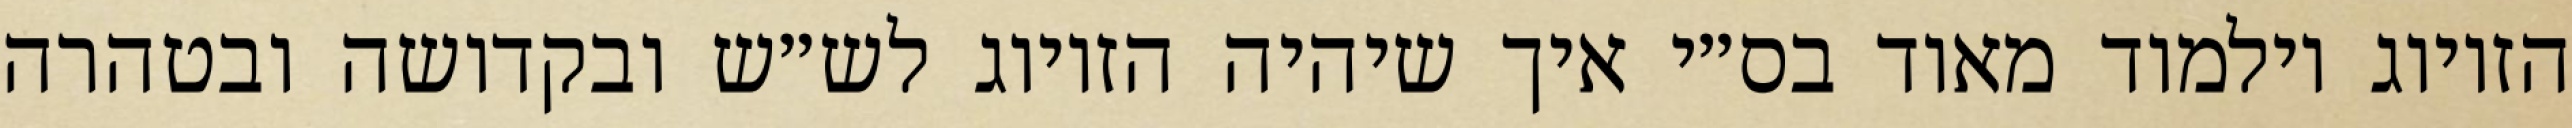
הזיווג וילמוד מאוד בס״י איך שיהיה הזיווג לש״ש ובקדושה ובטהרה